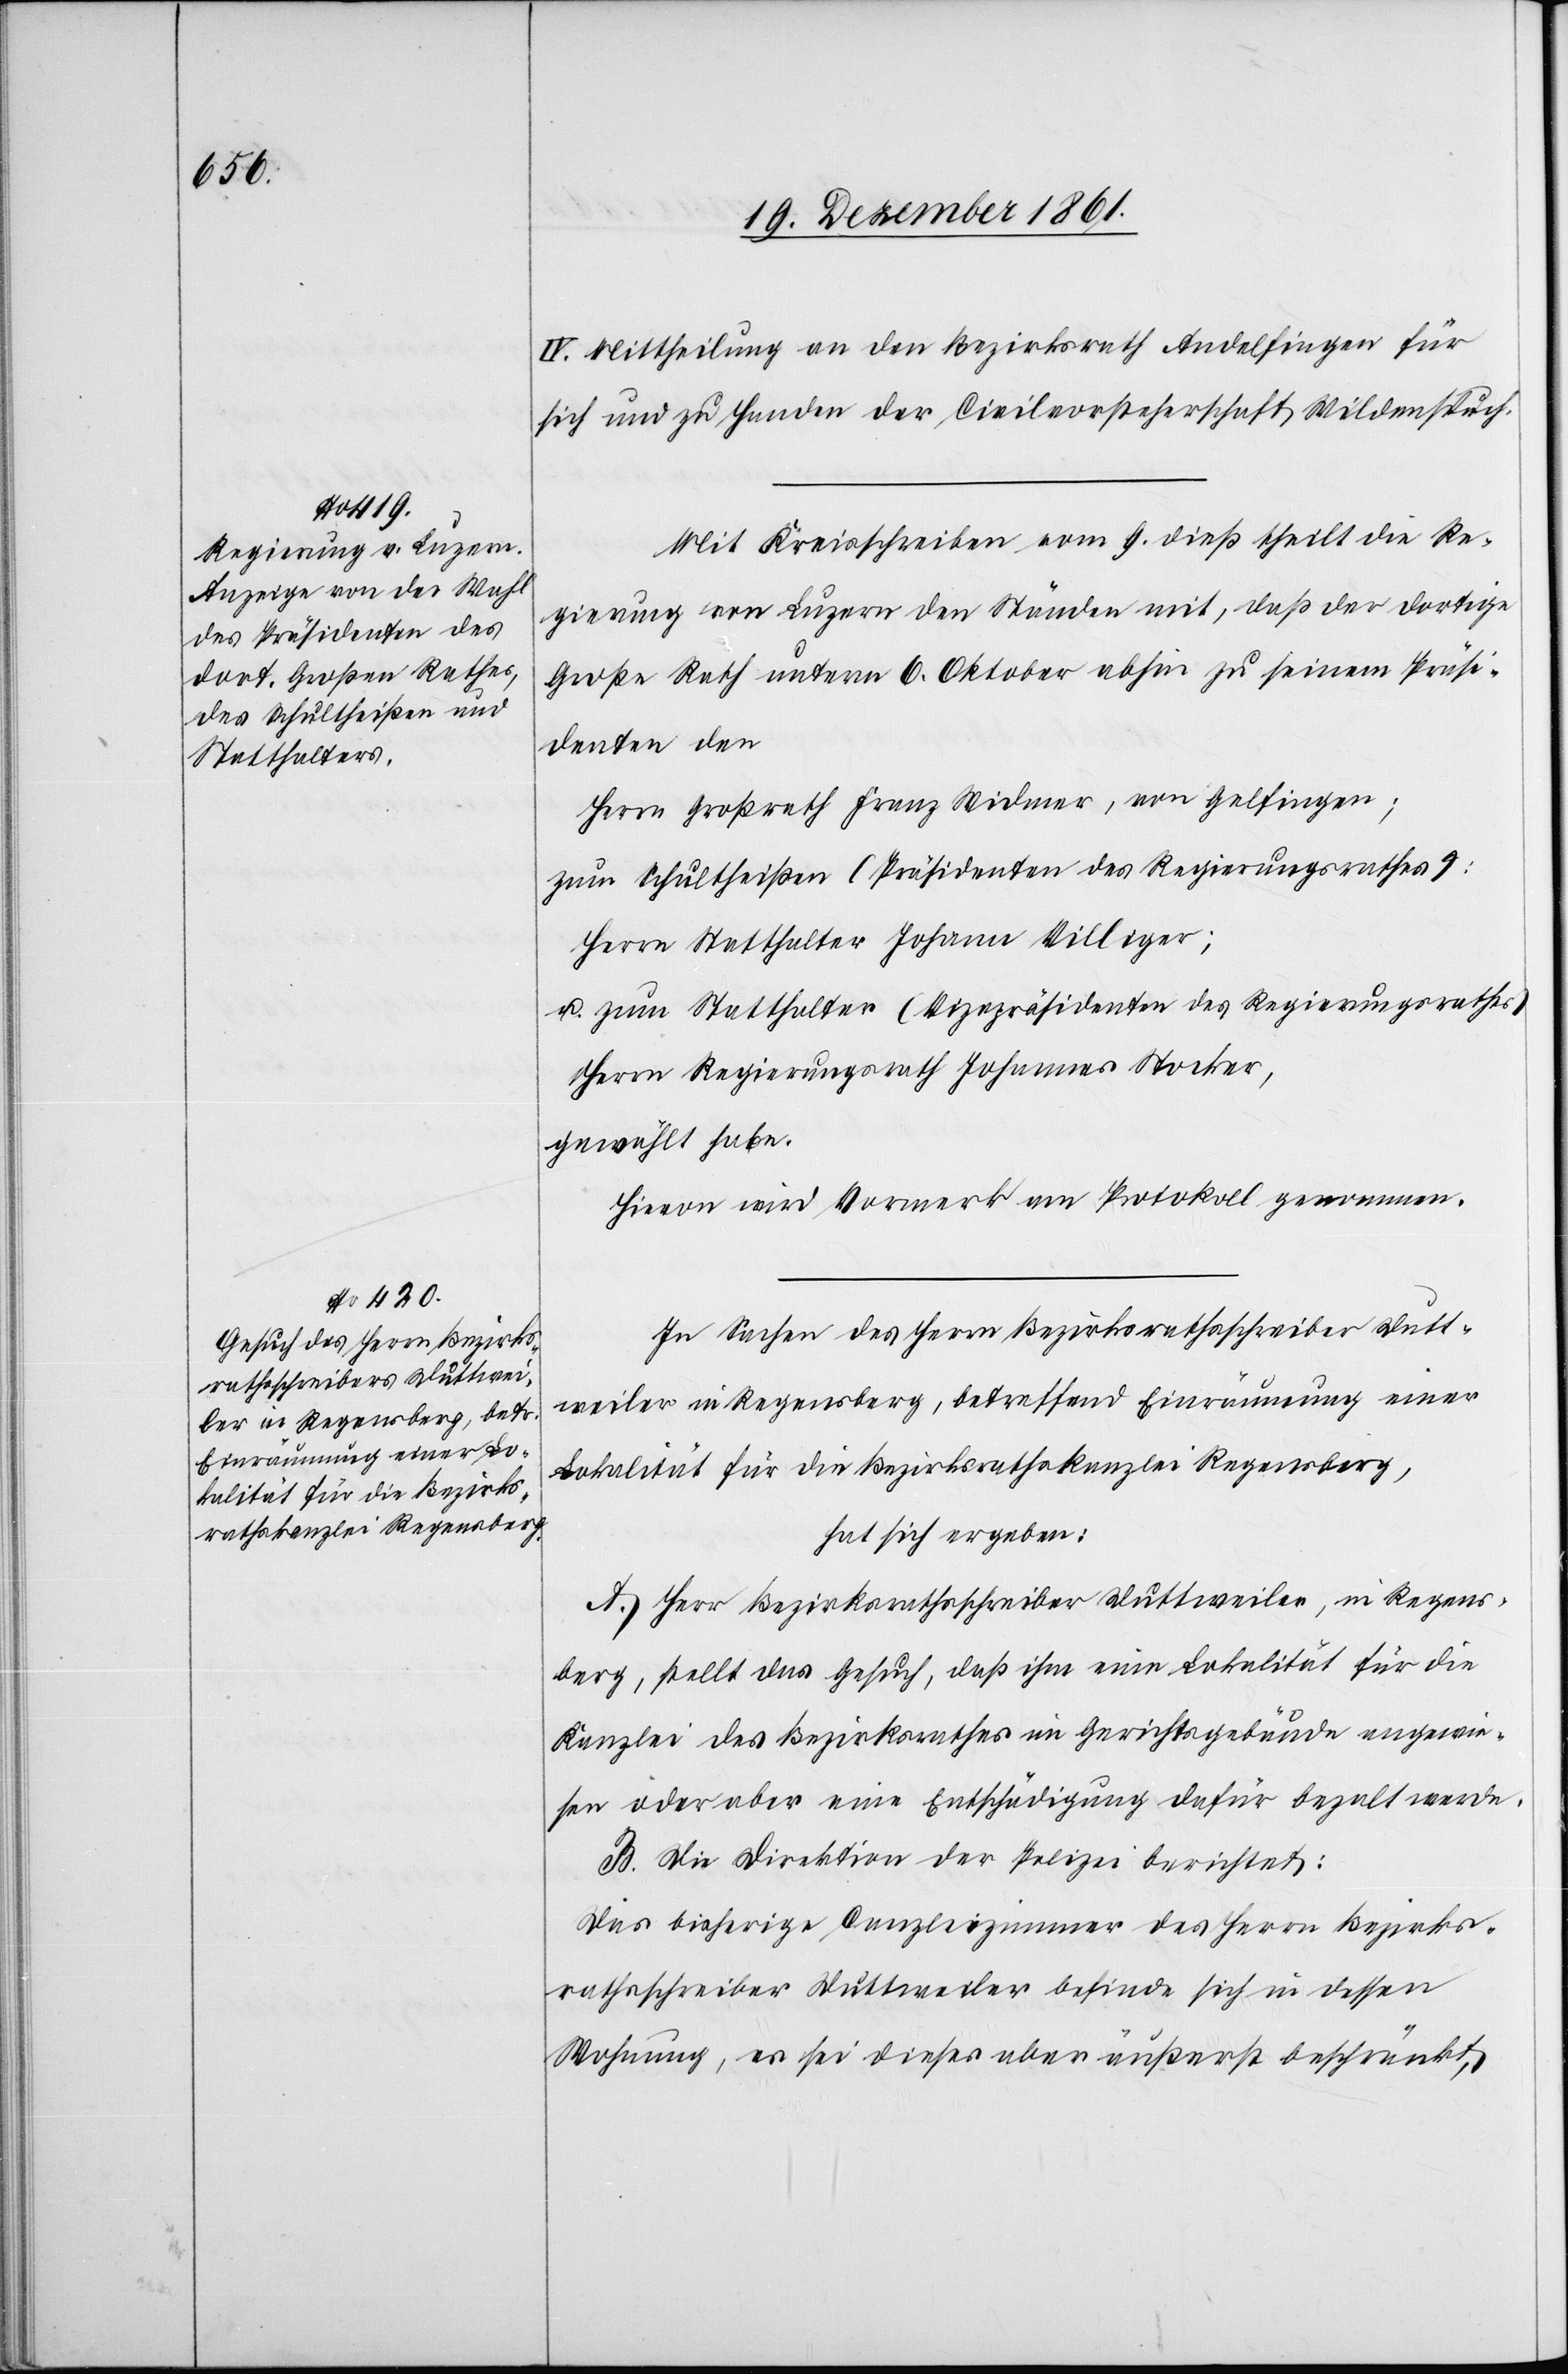
IV. Mittheilung an den Bezirksrath Andelfingen für
sich und zu Handen der Civilvorsteherschaft Wildenspuch.
Mit Kreisschreiben vom 9 dieß theilt die Re¬
gierung von Luzern den Ständen mit, daß der dortige
Große Rath unterm 6 Oktober abhin zu seinem Präsi¬
denten den
Herrn Großrath Franz Widmer, von Gelfingen;
zum Schultheißen (Präsidenten des Regierungsrathes):
Herrn Statthalter Johann Villiger;
u. zum Statthalter (Vizepräsidenten des Regierungsrathes)
Herrn Regierungsrath Johannes Stocker,
gewählt habe.
Hievon wird Vormerk am Protokoll genommen.
In Sachen des Herrn Bezirksrathsschreiber Dutt¬
weiler in Regensberg, betreffend Einräumung einer
Lokalität für die Bezirksrathskanzlei Regensberg,
hat sich ergeben:
A. Herr Bezirksrathsschreiber Duttweiler, in Regens¬
berg, stellt das Gesuch, daß ihm eine Lokalität für die
Kanzlei des Bezirksrathes im Gerichtsgebäude angewie¬
sen oder eine Entschädigung dafür bezalt werde.
B. Die Direktion der Polizei berichtet:
Das richtige Canzleizimmer des Herrn Bezirks¬
rathsschreiber Duttweiler befinde sich in dessen
Wohnung, es sei dieses äußerst beschränkt,